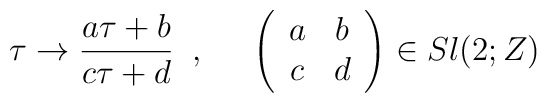
\tau \rightarrow \frac{a\tau +b}{c\tau +d}  \;\; , \;\;\;\;\; \left( \begin{array}{cc}        a & b \\        c & d        \end{array} \right) \in Sl(2;Z)